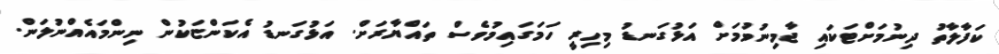
ކަފާލާތު ދިނުމަށްޓަކައި ޖާމިނުވުމަށް އަޅުގަނޑު މިހިރީ ހަމަގައިމުވެސް ތައްޔާރަށް. އަޅުގަނޑު އެކަންޏަކުން ނިންމައެއްނުލަން.